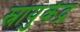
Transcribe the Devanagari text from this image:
स्नायुकेंद्र